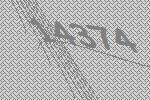
14374